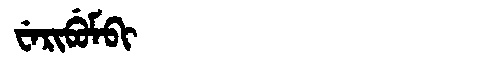
Manchu: ᠸᡝᡵᡳᠪᡠᠮᠪᡳ
Romanization: WERIBUMBI